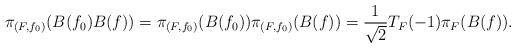
LaTeX: \begin{align*}\pi_{(F,f_0)}(B(f_0)B(f)) = \pi_{(F,f_0)}(B(f_0))\pi_{(F,f_0)}(B(f)) = \frac{1}{\sqrt{2}} T_F(-1)\pi_F(B(f)).\end{align*}